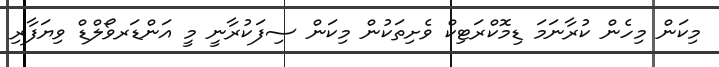
މިކަން މިހެން ކުރާނަމަ ޑިމޮކްރަޓިކް ވެށިތަކުން މިކަން ސިފަކުރާނީ މީ އަންޑަރވޯލްޑް ވިޔަފާރި